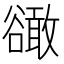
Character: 豃